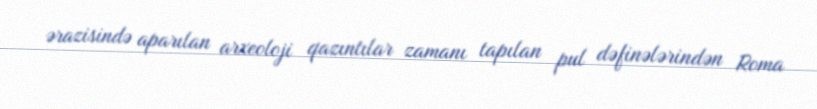
ərazisində aparılan arxeoloji qazıntılar zamanı tapılan pul dəfinələrindən Roma